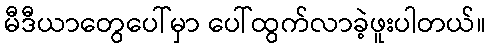
မီဒီယာတွေပေါ်မှာ ပေါ်ထွက်လာခဲ့ဖူးပါတယ်။